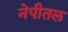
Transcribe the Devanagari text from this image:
नेपीतल